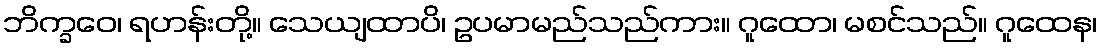
ဘိက္ခဝေ၊ ရဟန်းတို့။ သေယျထာပိ၊ ဥပမာမည်သည်ကား။ ဂူထော၊ မစင်သည်။ ဂူထေန၊